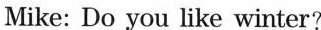
Mike: Do you like winter?